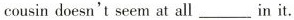
cousin doesn't seem at all ___ in it.